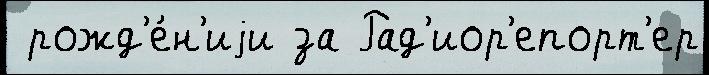
 рожд'е́н'иjи за Рад'иор'епорт'ер